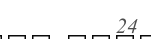
24